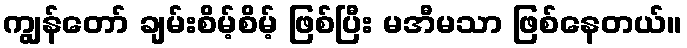
ကျွန်တော် ချမ်းစိမ့်စိမ့် ဖြစ်ပြီး မအီမသာ ဖြစ်နေတယ်။